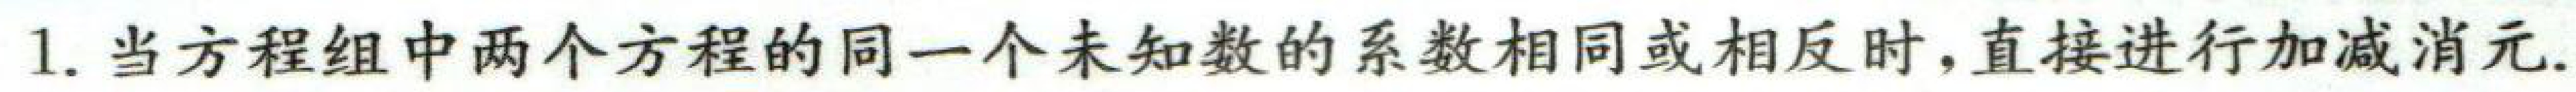
1. 当方程组中两个方程的同一个未知数的系数相同或相反时,直接进行加减消元. 1. 当方程组中两个方程的同一个未知数的系数相同或相反时,直接进行加减消元. 1. 当方程组中两个方程的同一个未知数的系数相同或相反时,直接进行加减消元.